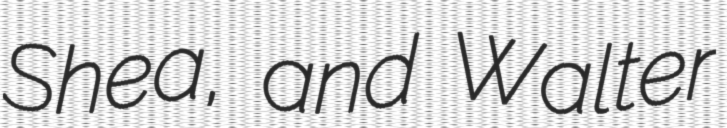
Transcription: Shea, and Walter